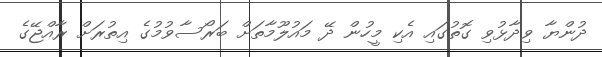
ދުންޔާ ވިދާޅުވި ގޮތުގައި އެކި މީހުން ދޭ މައުލޫމާތަށް ބަރޯސާވުމުގެ އިތުރަށް ރާއްޖޭގެ